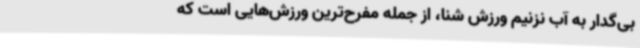
بی‌گدار به آب نزنیم ورزش شنا، از جمله مفرح‌ترین ورزش‌هایی است که